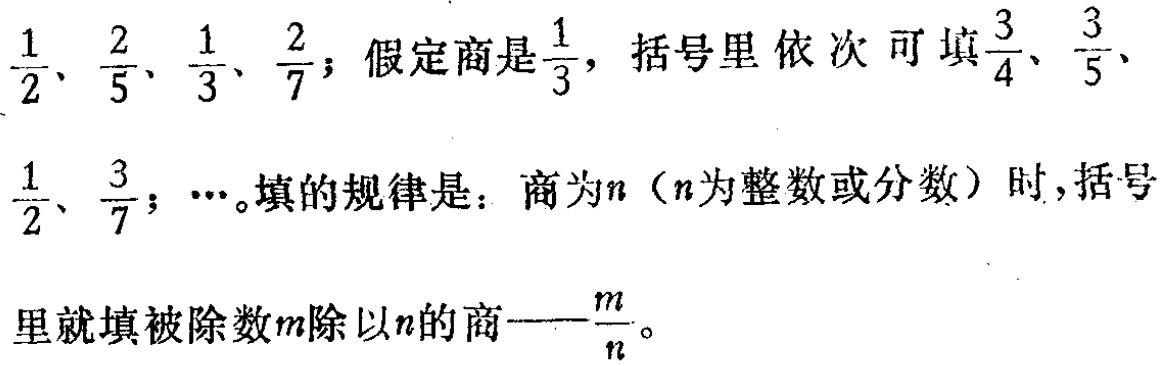
$\frac{1}{2}、\frac{2}{5}、\frac{1}{3}、\frac{2}{7}$；假定商是$\frac{1}{3}$，括号里依次可填$\frac{3}{4}、\frac{3}{5}、\frac{1}{2}、\frac{3}{7}$；$\cdots$。填的规律是：商为$n$（$n$为整数或分数）时，括号里就填被除数$m$除以$n$的商——$\frac{m}{n}$。